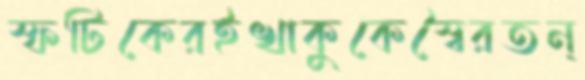
স্ফটিকেরইখাকুকেস্বৈরতন্